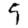
Digit: 9